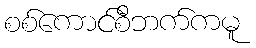
စစ်ကောင်စီဘက်ကမူ